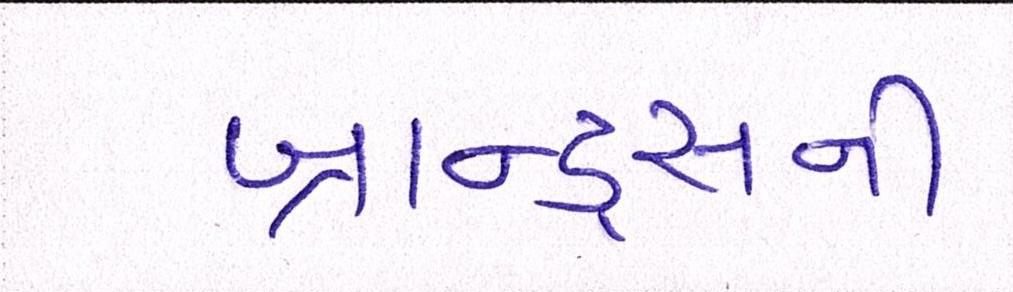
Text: બ્રાન્ડ્સની